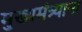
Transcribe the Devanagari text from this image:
मुख्यमंत्र्याना